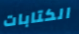
الكتابات